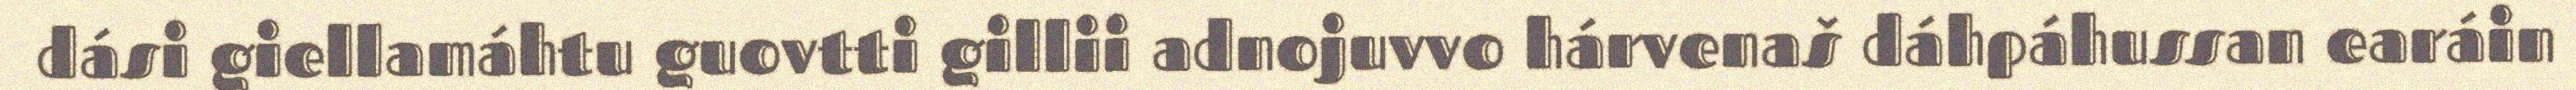
dási giellamáhtu guovtti gillii adnojuvvo hárvenaš dáhpáhussan earáin